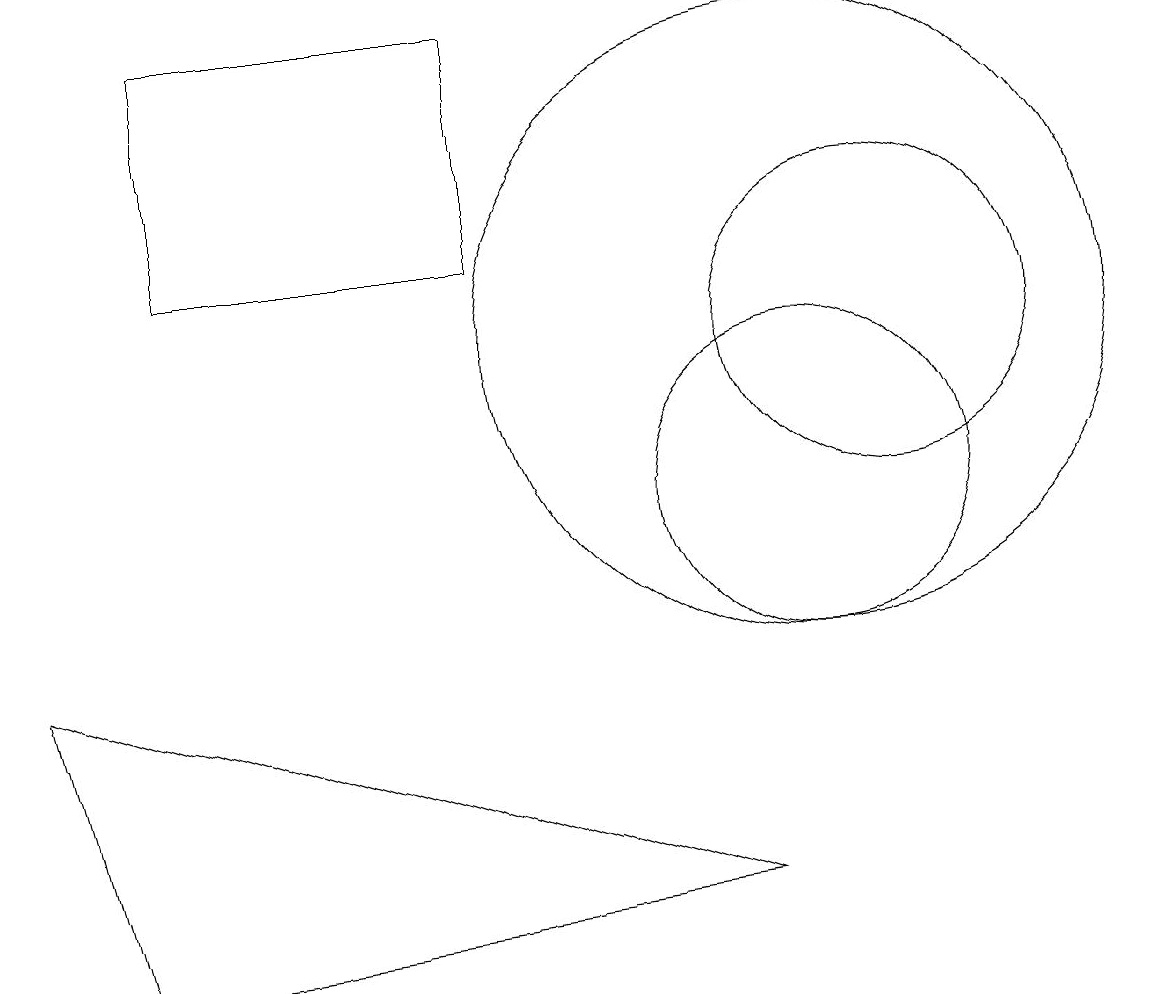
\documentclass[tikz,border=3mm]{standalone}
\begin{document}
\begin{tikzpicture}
\draw (11,12) circle (2);
\draw (10,10) circle (2);
\draw (10,10) circle (0);
\draw (2,16) rectangle (6,13);
\draw (10,12) circle (4);
\draw (9,5) -- (1,4) -- (0,8) -- cycle;
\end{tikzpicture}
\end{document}